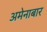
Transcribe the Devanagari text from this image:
अमेनाबार